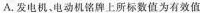
A.发电机、电动机铭牌上所标数值为有效值